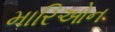
મારિઓન